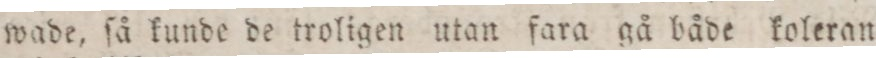
wade, ſå kunde de troligen utan fara gå både koleran